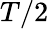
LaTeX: T/2